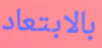
بالابتعاد